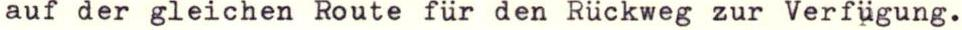
auf der gleichen Route für den Rückweg zur Verfügung.